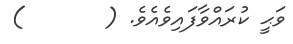
ވަޙީ ކުރައްވާފައިވެއެވެ. (       )